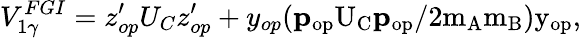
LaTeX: V_{1\gamma}^{FGI}=z_{op}^{\prime}U_{C}z_{op}^{\prime}+y_{op}(\mathbf p\mathrm{_{op}U_{C}\mathbf p\mathrm{_{op}/2m_{A}m_{B})y_{op},}}